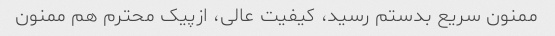
ممنون سریع بدستم رسید، کیفیت عالی، ازپیک محترم هم ممنون